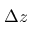
\Delta z